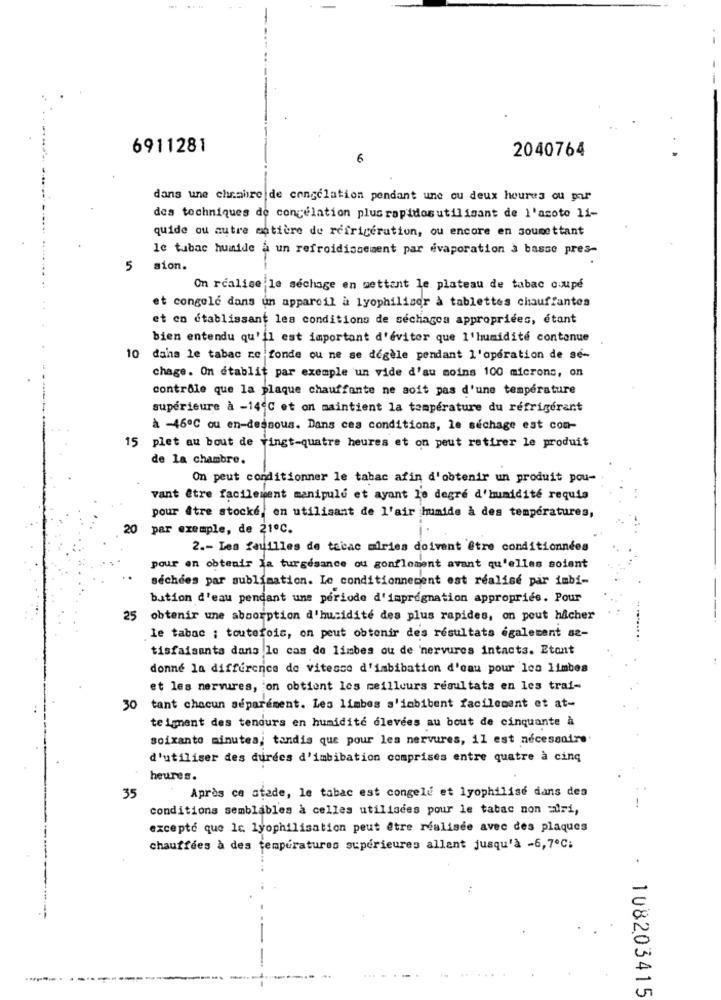
6911281
2040764
6
dans une chambre de congelation pendant une ou deux heures ou par
des techniques de congélation plusrapidosutilisant de l'acoto 11-
quide ou autre matière de refrigeration, ou encore en soumettant
le tubac humide a un refroidissement par evaporation à basse pres-
5 sion.
On réalise le séchage en mettant le plateau de tabac coupé
et congele dans un appareil a lyophiliser à tablettes chauffantes
et en établissant les conditions de séchages appropriées, étant
bien entendu qu'il est important d'éviter que l'humidité contenue
10
dans le tabac re fonde ou ne se degèle pendant l'opération de sé-
chage. On établit par exemple un vide d'au moins 100 microns, on
contrôle que la plaque chauffante ne soit pas d'une température
supérieure à -14ºC et on maintient la température du réfrigérant
à -46ª℃ ou en-dessous. Dans ces conditions, le séchage est con-
15 plet au bout de Vingt-quatre heures et on peut retirer le produit
de la chambre.
On peut conditionner le tabac afin d'obtenir un produit pou-
vant être facilement manipule et ayant le degré d'humidité requis
pour être stocké, en utilisant de l'air humide à des températures,
20
par exemple, de 21ºC.
2 .- Les feuilles de tabac miries doivent être conditionnées
pour en obtenir la turgesance ou gonflement avant qu'elles soient
séchées par sublimation. Le conditionnement est réalisé par imbi-
bution d'eau pendant une période d'impregnation appropriés. Pour
25
obtenir une absorption d'humidité des plus rapides, on peut hacher
le tabac ; toutefois, on peut obtenir des résultats également se-
tisfaisants dans le cas de limbes ou de 'nervures intacts. Etont
donne la difference de vitesse d'imbibation d'eau pour loo limbes
et les nervures, on obtient les meilleurs resultats en les trai-
30 tant chacun séparément. Les limbes s'imbibent facilement et at-
teigent des tendurs en humidité élevées au bout de cinquante à
soixante minutes, tandis que pour les nervures, il est nécessaire.
d'utiliser des durées d'imbibation comprises entre quatre à cinq
heures.
Après ce stade, le tabac est congelé et lyophilise dans des
35
conditions semblables à celles utilisées pour le tabac non auri,
-
excepto que le lyophilisation peut être réalisée avec des plaques
chauffées à des températures supérieures allant jusqu'à -6,7℃;
--------
. 108203415